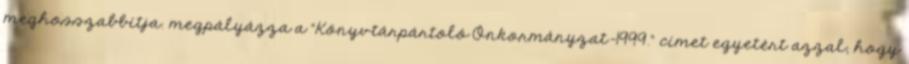
meghosszabbítja. megpályázza a “Könyvtárpártoló Önkormányzat–1999.“ címet egyetért azzal, hogy